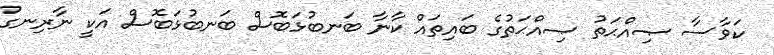
ކަވާސާ ޞިއްޙަތު ޞިއްޙަތުގެ ބައިތައް ކާނާ ބަނބުޅަބޮސް ބަނބުޅަބޮސް އަކީ ނާރިނގު